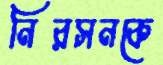
নিরসনকে